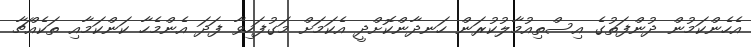
އެހެންކަމުން ދުންފަތުގެ އިސްތިއުމާލުކުރަން ހަނދާންކޮށްދީ އެކަމަށް މަގުފަހިވާ ފަދަ އެންމެހާ ކަންކަމާއި ތަކެއްޗާ